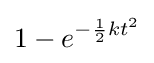
1-e^{-{\frac {1}{2}}kt^{2}}